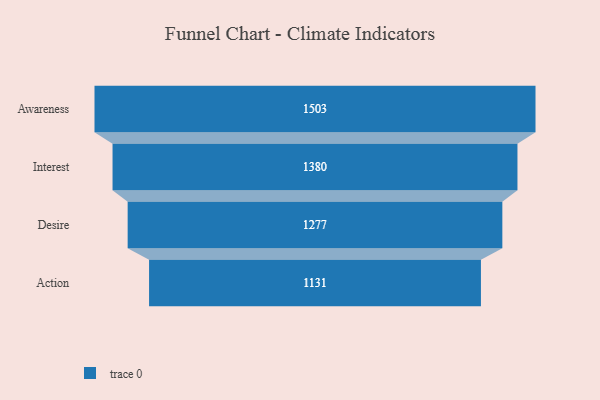
{"axis": {"x": "Stage", "y": "Value"}, "legend": [""], "data": [{"x": "Awareness", "y": 1503.0, "type": ""}, {"x": "Interest", "y": 1380.0, "type": ""}, {"x": "Desire", "y": 1277.0, "type": ""}, {"x": "Action", "y": 1131.0, "type": ""}]}